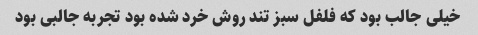
خیلی جالب بود که فلفل سبز تند روش خرد شده بود تجربه جالبی بود